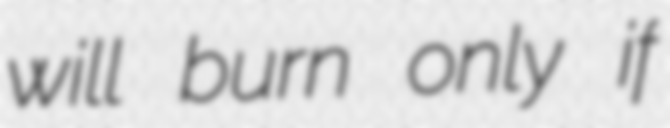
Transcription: will burn only if